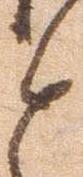
と